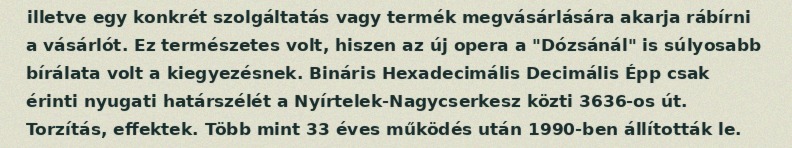
illetve egy konkrét szolgáltatás vagy termék megvásárlására akarja rábírni a vásárlót. Ez természetes volt, hiszen az új opera a "Dózsánál" is súlyosabb bírálata volt a kiegyezésnek. Bináris Hexadecimális Decimális Épp csak érinti nyugati határszélét a Nyírtelek-Nagycserkesz közti 3636-os út. Torzítás, effektek. Több mint 33 éves működés után 1990-ben állították le.